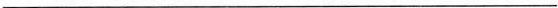
___